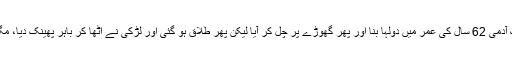
مطلب آپ بتائیں کہ ایک آدمی 62 سال کی عمر میں دولہا بنا اور پھر گھوڑے پر چل کر آیا لیکن پھر طلاق ہو گئی اور لڑکی نے اٹھا کر باہر پھینک دیا، مگر اب بھی بیٹھا ہوا ہے۔